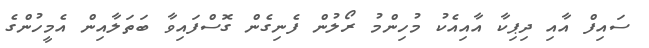
ސައިފް އާއި ދިޕިކާ އާއިއެކު މުހިންމު ރޯލުން ފެނިގެން ގޮސްފައިވާ ބަތަލާއިން އެމީހުންގެ